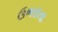
ઉભરાતા